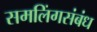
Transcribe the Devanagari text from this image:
समलिंगसंबंध